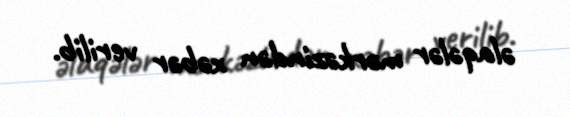
əlaqələr mərkəzindən xəbər verilib.